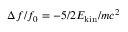
\Delta f / f _ { 0 } = - 5 / 2 E _ { \mathrm { k i n } } / m c ^ { 2 }